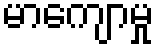
မာကျောမှု